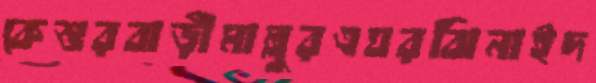
কেশুরবাড়ীমাল্লুরএঘরঝিনাইদ